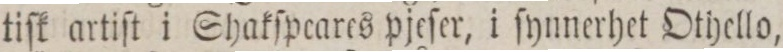
tiſk artiſt i Shakſpeares pjeſer, i ſynnerhet Othello,